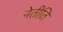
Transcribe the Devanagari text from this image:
नेतीति